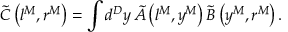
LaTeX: \tilde { C } \left( l ^ { M } , r ^ { M } \right) = \int d ^ { D } y \, \tilde { A } \left( l ^ { M } , y ^ { M } \right) \tilde { B } \left( y ^ { M } , r ^ { M } \right) .